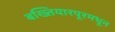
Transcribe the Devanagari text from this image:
बख्तियारपूरमधून